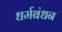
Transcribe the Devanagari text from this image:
धर्मबंधन